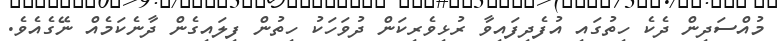
މުއްސަދިން ދެކެ ހިތުގައި އުފެދިފައިވާ ރުޅިވެރިކަން ދުވަހަކު ހިތުން ފިލައިގެން ދާނެކަމެއް ނޭގެއެވެ.